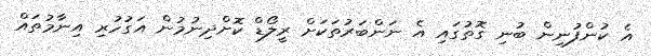
އެ ކުންފުނިން ބުނި ގޮތުގައި އެ ނަންބަރުތަކަށް ރީލޯޑް ކޮށްދިނުމުން އަގުހުރި އިނާމުތައް